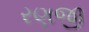
રણજી